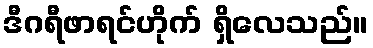
ဒီဂရီဖာရင်ဟိုက် ရှိလေသည်။